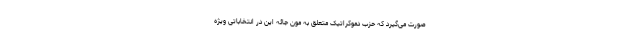
صورت می‌گیرد که حزب دموکراتیک متعلق به مون جائه این در انتخاباتی ویژه